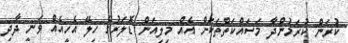
ކުރަން ކުރަމުންދާ މަސައްކަތްތަކަށް އެއް މިލިއަން ޑޮލަރުގެ ހިލޭ އެހީއެއް ވަނީ ދާދި